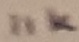
Text: 11K